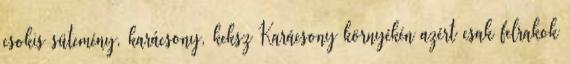
csokis sütemény, karácsony, keksz Karácsony környékén azért csak felrakok